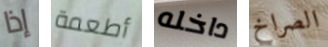
إذا أطعمة داخله الصراخ